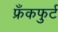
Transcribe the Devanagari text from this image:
फ्रँकफुर्ट